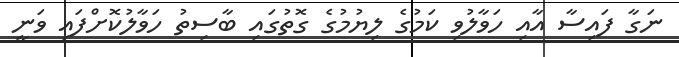
ނަގާ ފައިސާ އާއި ހަވާލުވި ކަމުގެ ލިޔުމުގެ ގޮތުގައި ބާސިތު ހަވާލުކޮށްފައި ވަނީ